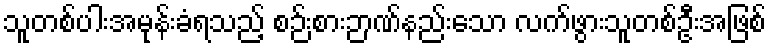
သူတစ်ပါးအမုန်းခံရသည့် စဉ်းစားဉာဏ်နည်းသော လက်ဖွားသူတစ်ဦးအဖြစ်